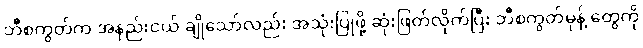
ဘီစကွတ်က အနည်းငယ် ချိုသော်လည်း အသုံးပြုဖို့ ဆုံးဖြတ်လိုက်ပြီး ဘီစကွတ်မုန့် တွေကို